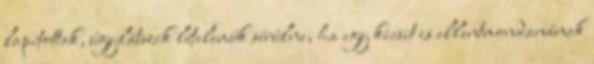
lapítottak, úgylátszik lételemük sérülne, ha egy kicsit is ellentmondanának